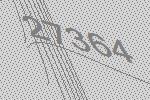
27364